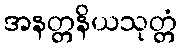
အနတ္တနိယသုတ္တံ